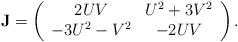
LaTeX: \begin{align*}\textbf{J}=\left( \begin{array}{cc}2UV&U^2+3V^2\\-3U^2-V^2&-2UV\end{array} \right).\end{align*}